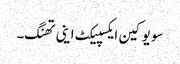
سو یو کین ایکسپیکٹ اینی تھنگ۔